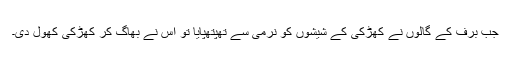
جب برف کے گالوں نے کھڑکی کے شیشوں کو نرمی سے تھپتھپایا تو اس نے بھاگ کر کھڑکی کھول دی۔